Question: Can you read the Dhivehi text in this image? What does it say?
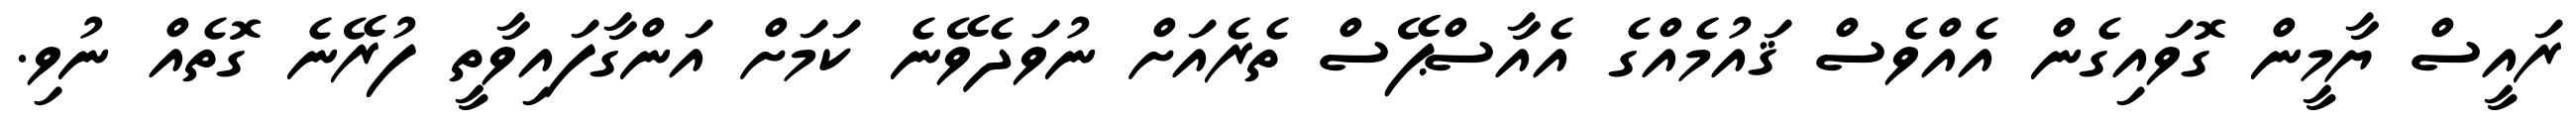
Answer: ރައީސް ޔާމީން ގޮވައިގެން އެއްވެސް ޤައުމެއްގެ އެއާސްޕޭސް ތެރެއަށް ނުވަދެވޭނެ ކަމަށް އަންގާފައިވާތީ ފުރޭނެ ގޮތެއް ނުވި.